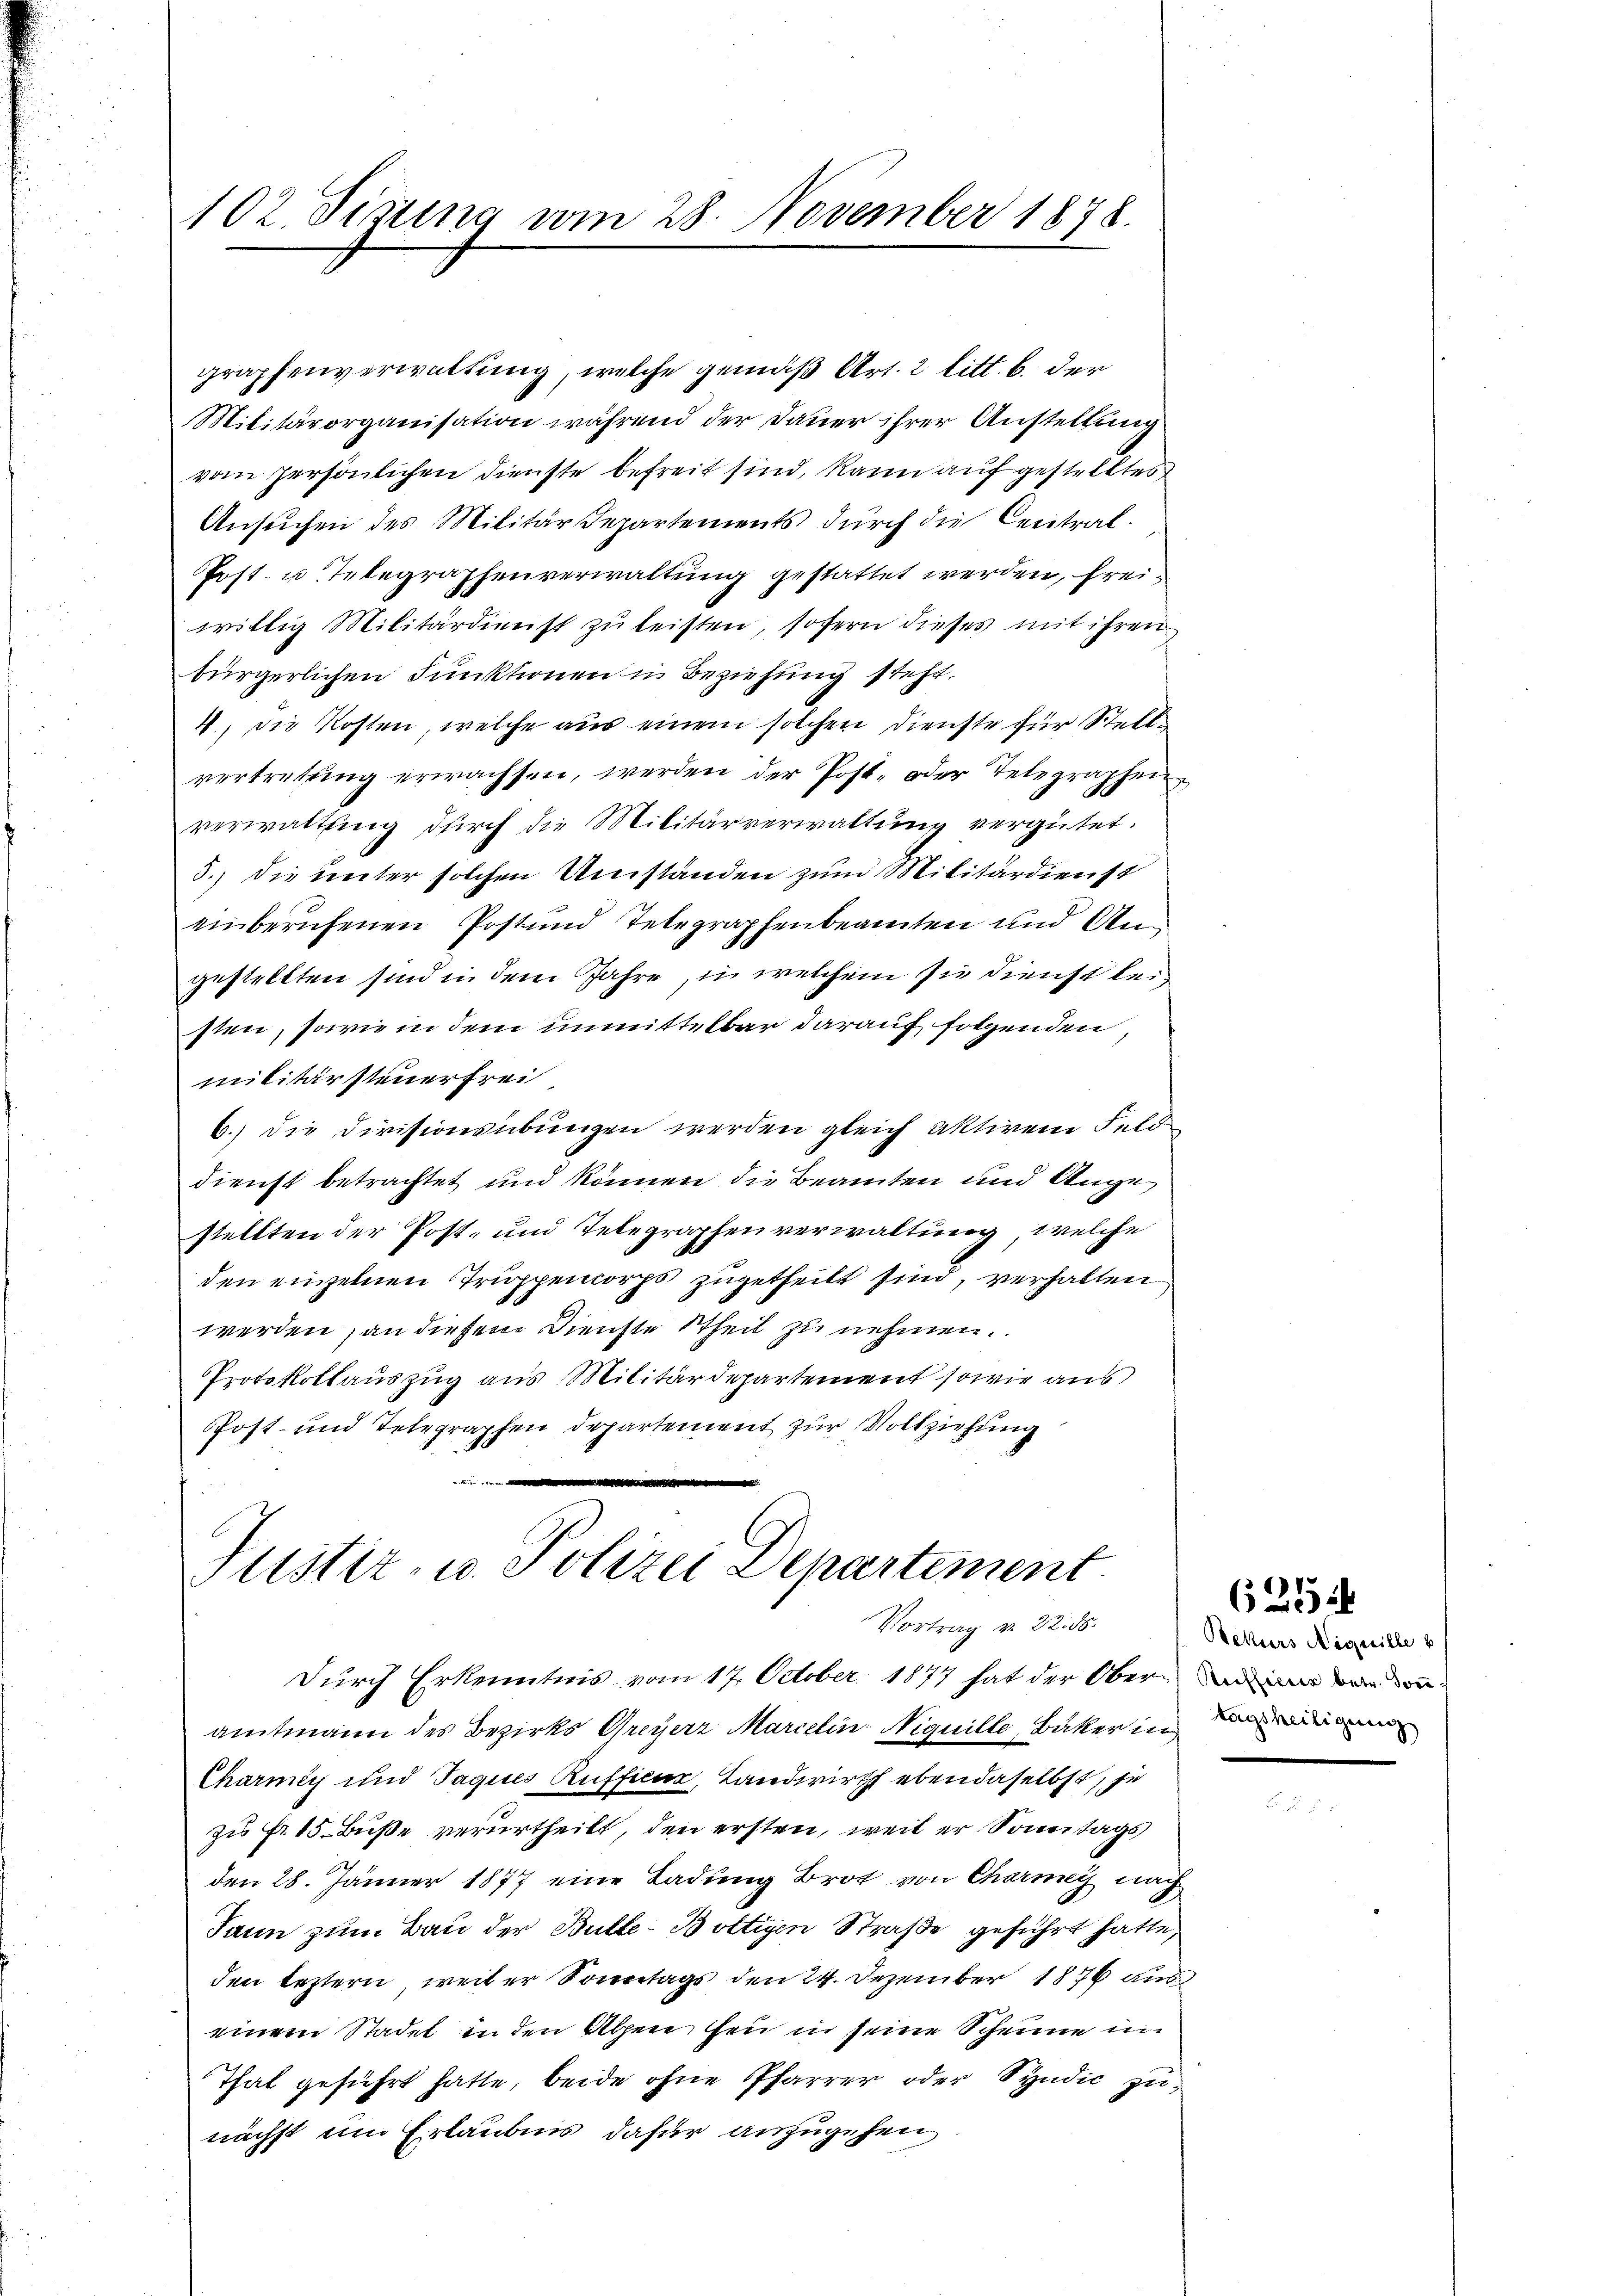
102. Situng am 28. November 1878.

graphenverwaltung, welche gemäß Art. 2 litt. b. der
Militärorganisation während der Dauer ihrer Anstellung
vom persönlichen Dienste befreit sind, kann aufgestelltes
Ansuchen des Militärdepartements durch die Central-
Post- u. Telegraphenverwaltung gestattet werden, freiwillig Militärdienst zu leisten, sofern dieses mit ihren
bürgerlichen Punktionen in Beziehung steht.
4., die Kosten, welche aus einem solchen Dienste für Stellvertretŭng erwachsen, werden der Post- oder Telegraphen
verwaltung durch die Militärverwaltung vergütet.
5.) Die Leuter solchen Umständen zum Militärdienst
einberufenen Post und Telegraphenbeamten und Angestellten sind in dem Jahre, in welchem sie dienst leisten, sowie in dem unmittelbar darauf folgenden,
militärsteuerfrei
6.) Die Divisionsübungen werden gleich aktiven Feld
dienst betrachtet und können die Beamten und Angestellten der Post- und Telegraphenverwaltung, welche
den einzelnen Truppencorps zugetheilt sind, verhalten
werden, an diesem Dienste theil zu nehmen.
PProtokollauszug aus Militärdepartement sowie aus
Pfost- und Telegraphen Departement zur Vollziehung
d

Justiz- u. Polizei Departement
Vortrag v. 22. ds.

Durch Erkenntnis vom 17. October 1877 hat der Obern in von der
amtmann des Bezirks Greyerz Marcelin Niguille, Bäker in
Charmiy und Jaques Ruffici, Landwirth ebendaselbst, je
zu Fr. 15. Buße verurtheilt, den ersten, weil er Sonntags
den 28. Jänner 1877 eine Ladung Brot von Charney nach
Dann zum Bau der Bulle-Bottigen Straße geführt hatte,
den leztern, weiter Sonntags den 24. Dezember 1876 aus
einem Stadel in den Alpen feu in seine Scheune in
That geführt hatte, beide ohne Pfarrer oder Syndic zunächst um Erlaubnis dafür anzugehen

(21

Rekurs Néquille b